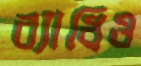
ব্যাধিও